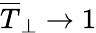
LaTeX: \overline{{T}}_{\perp}\rightarrow 1